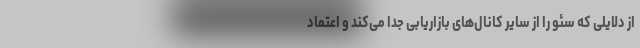
از دلایلی که سئو را از سایر کانال‌های بازاریابی جدا می‌کند و اعتماد